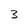
Character: 3